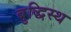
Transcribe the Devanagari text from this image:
बुद्धिस्थ